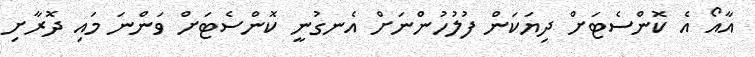
އާއޯ އެ ކޮންސެޓަަށް ދިޔަކަން ފުލުހުންނަށް އެނގުނީ ކޮންސެޓަށް ވަންނަ މައި ދޮރާށި